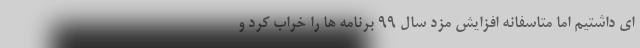
ای داشتیم اما متاسفانه افزایش مزد سال 99 برنامه ها را خراب کرد و